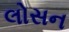
લોસન